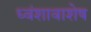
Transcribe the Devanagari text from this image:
ध्वंशावाशेष